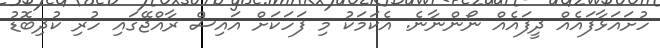
ހުށައަޅާފައެއް ދީފައެއް ނޯންނާނެ. އެކަމަކު މި ފަހަކަށް އައިސް ރާއްޖޭގައި ހުރި ކުދިބޮޑު